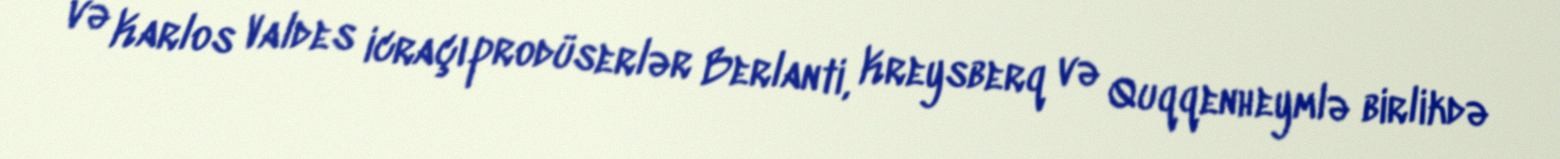
və Karlos Valdes icraçı prodüserlər Berlanti, Kreysberq və Quqqenheymlə birlikdə